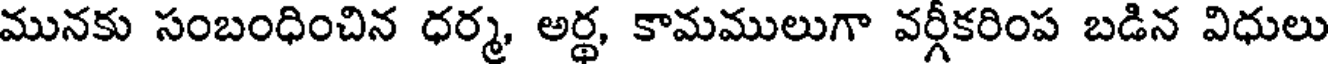
మునకు సంబంధించిన ధర్మ, అర్థ, కామములుగా వర్గీకరింప బడిన విధులు